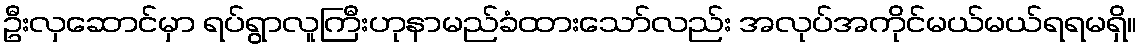
ဦးလှဆောင်မှာ ရပ်ရွာလူကြီးဟုနာမည်ခံထားသော်လည်း အလုပ်အကိုင်မယ်မယ်ရရမရှိ။